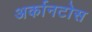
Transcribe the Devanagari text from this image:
अर्कानटोस